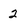
Character: 2